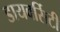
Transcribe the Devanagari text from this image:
डायवर्सिटी